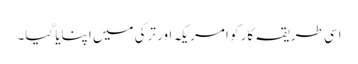
اسی طریقہ کار کو امریکہ اور ترکی میں اپنایا گیا۔